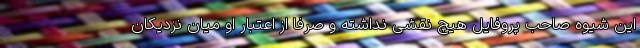
این شیوه صاحب پروفایل هیچ نقشی نداشته و صرفا از اعتبار او میان نزدیکان